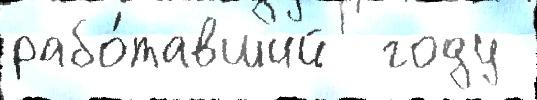
рабо́тавший  году